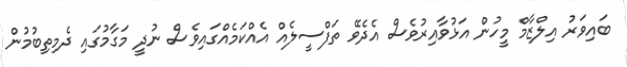
ބައިވަރު އިލްޒާމް މީހުން އަޅުވާއިރުވެސް އެދެވޭ ތަފްސީލެއް އެއްކަމެއްގައިވެސް ނުދީ މަގާމުގައި ދެމިތިބުމުން